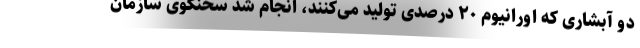
دو آبشاری که اورانیوم ۲۰ درصدی تولید می‌کنند، انجام شد سخنگوی سازمان